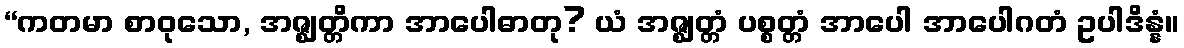
“ကတမာ စာဝုသော, အဇ္ဈတ္တိကာ အာပေါဓာတု? ယံ အဇ္ဈတ္တံ ပစ္စတ္တံ အာပေါ အာပေါဂတံ ဥပါဒိန္နံ။